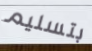
بتسليم